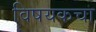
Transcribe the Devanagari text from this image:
विषयकचा